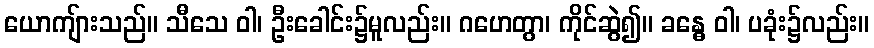
ယောကျ်ားသည်။ သီသေ ဝါ၊ ဦးခေါင်း၌မူလည်း။ ဂဟေတွာ၊ ကိုင်ဆွဲ၍။ ခန္ဓေ ဝါ၊ ပခုံး၌လည်း။